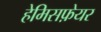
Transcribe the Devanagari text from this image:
हेमिसफ़ेयर